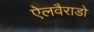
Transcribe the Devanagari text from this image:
ऐलवैराडो